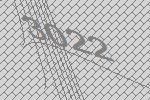
3022